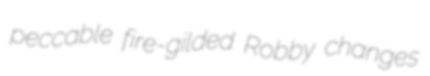
peccable fire-gilded Robby changes